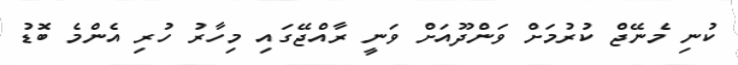
ކުނި މެނޭޖް ކުރުމަށް ވަންދޫއަށް ވަނީ ރާއްޖޭގައި މިހާރު ހުރި އެންމެ ބޮޑު